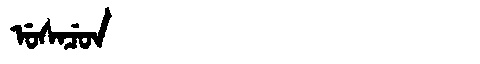
Manchu: ᡠᠰᠠᠴᡠᠨ
Romanization: USACUN